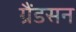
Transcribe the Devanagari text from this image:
ग्रैंडसन